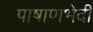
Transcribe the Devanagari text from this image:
पाषाणभेदी